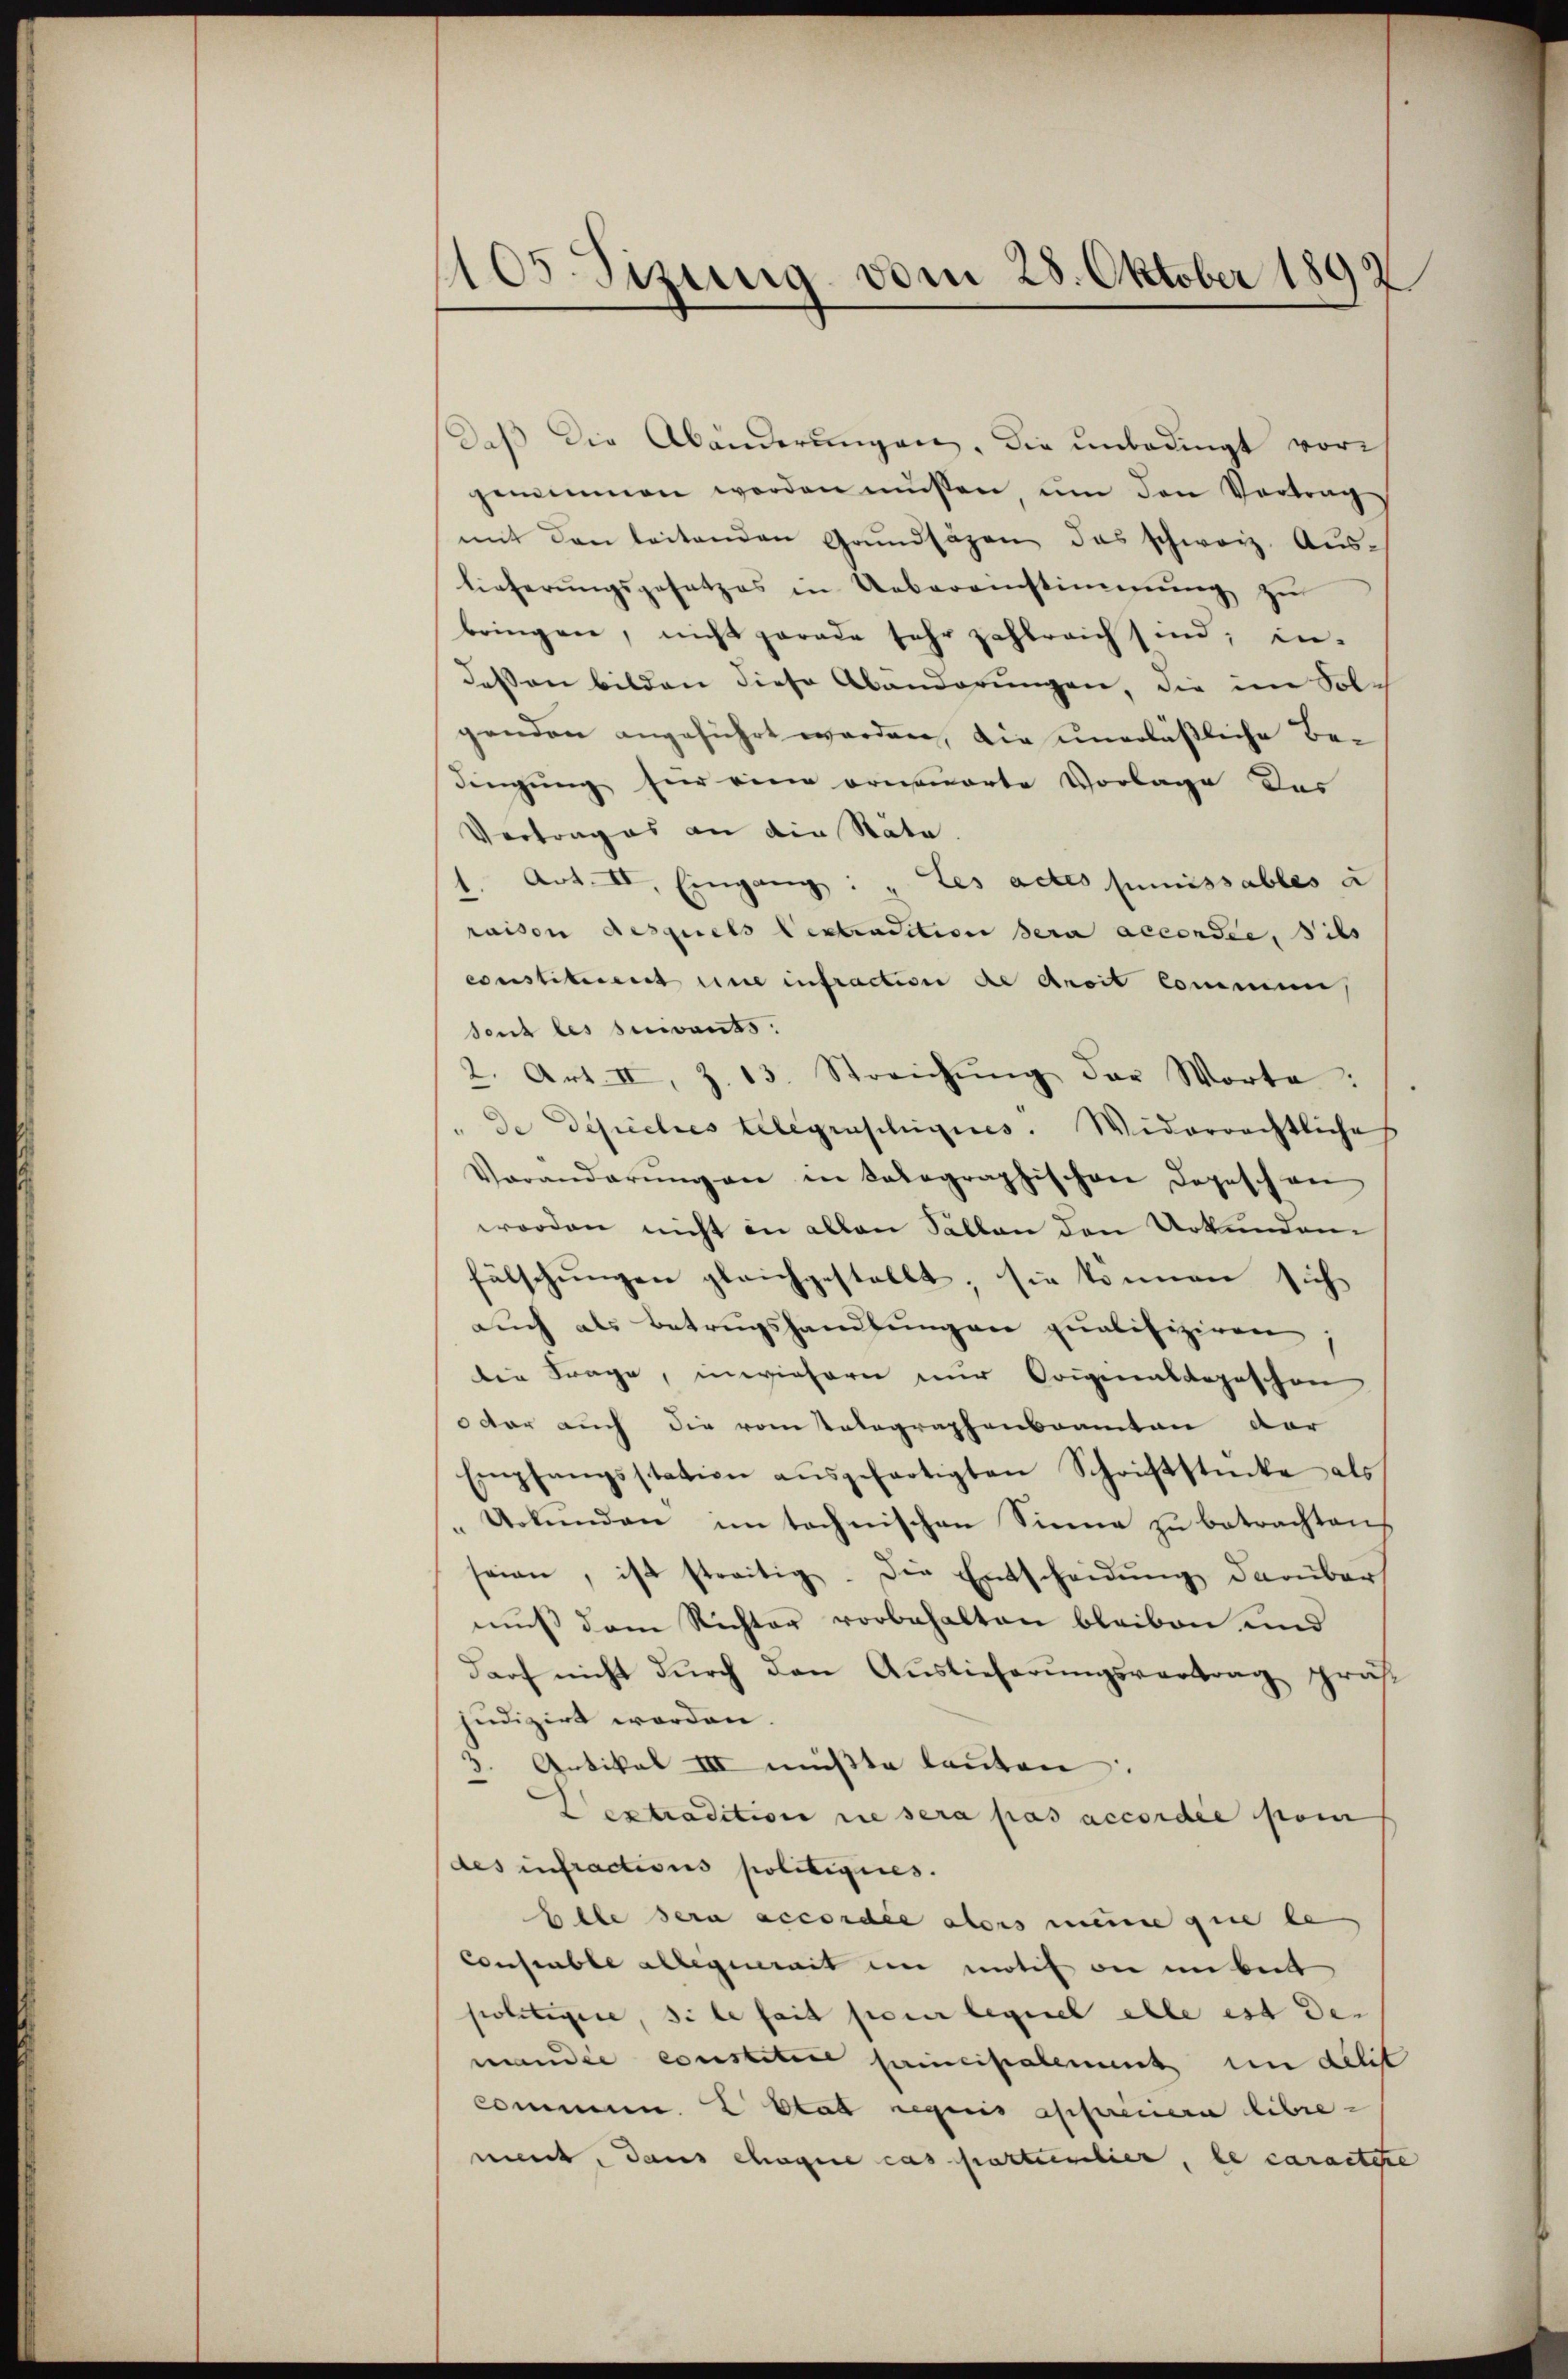
1105. Sizung vom 28. Oktober 1892

daβ die Abänderungen, die unbedingt vorgenommen werden müssen ŭm den Vortrag
mit den leitenden Grŭndsäzen das schweiz. Aŭs-
lieferungsgesetzes in Uebereinstimmung zu
bringen, nicht gerade sehr zahlreich sind; in
deßen bilden diese Abänderungen, die im Sol-
genden angeführt worden, die unerläßliche Bedingung für eine orneuerte Vorlage des
Vertrages an die Stäte.
Art. II, Eingang: „Les actes puissables a
.
raison desquels Centradition sera accondie, dies
constituent une infraction die Anoit commen,
sent les suivants:
2. Art. II, Z. 13. Streichŭng der Worte:
de Depecles telegraschigues. Widerrechtliches
Veränderŭng an in Solographischen Dopeschen
worden nicht in allen Sallen den Urkunden
fälschŭngen gleichgestellt; sie können sich
aŭch als Betrugshandlŭngen qualifiziren;
die Frage, inwiefern nur Originaldapeschon
oder auch die vom talographenbranten der
Empfangsstation aŭsgefertigten Schriftstücke als
Urkŭnden im technischen Sinne zŭ betrachten,
seien, ist streitig. Die Entscheidŭng darüber
muß dem Richter vorbehalten bleiben und
darf nicht dŭrch den Auslieferŭngsvertrag präs
judizirt worden.
3. Artikel III müßte lauten:
Dextradition die sera pas accordée pom
des infractions politigires.
Elbe sera accordée abers meine que le-
Consuble allegirait in motif on anbeit
politigire, si le fait pour lequel elle est De-
mandie constituire principalement um delit
Commen. E Etat requis appareiiera libremet, dans chaque cas partierlier, le caractere